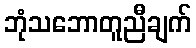
ဘုံသဘောတူညီချက်